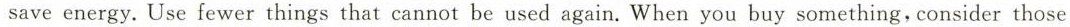
save energy.Use fewer things that cannot be used again. When you buysomething,consider those